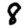
Digit: 8